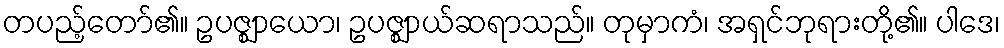
တပည့်တော်၏။ ဥပဇ္ဈာယော၊ ဥပဇ္ဈာယ်ဆရာသည်။ တုမှာကံ၊ အရှင်ဘုရားတို့၏။ ပါဒေ၊